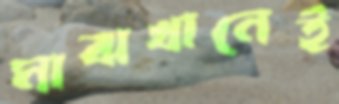
মাঝখানেই